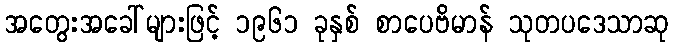
အတွေးအခေါ်များဖြင့် ၁၉၆၁ ခုနှစ် စာပေဗိမာန် သုတပဒေသာဆု